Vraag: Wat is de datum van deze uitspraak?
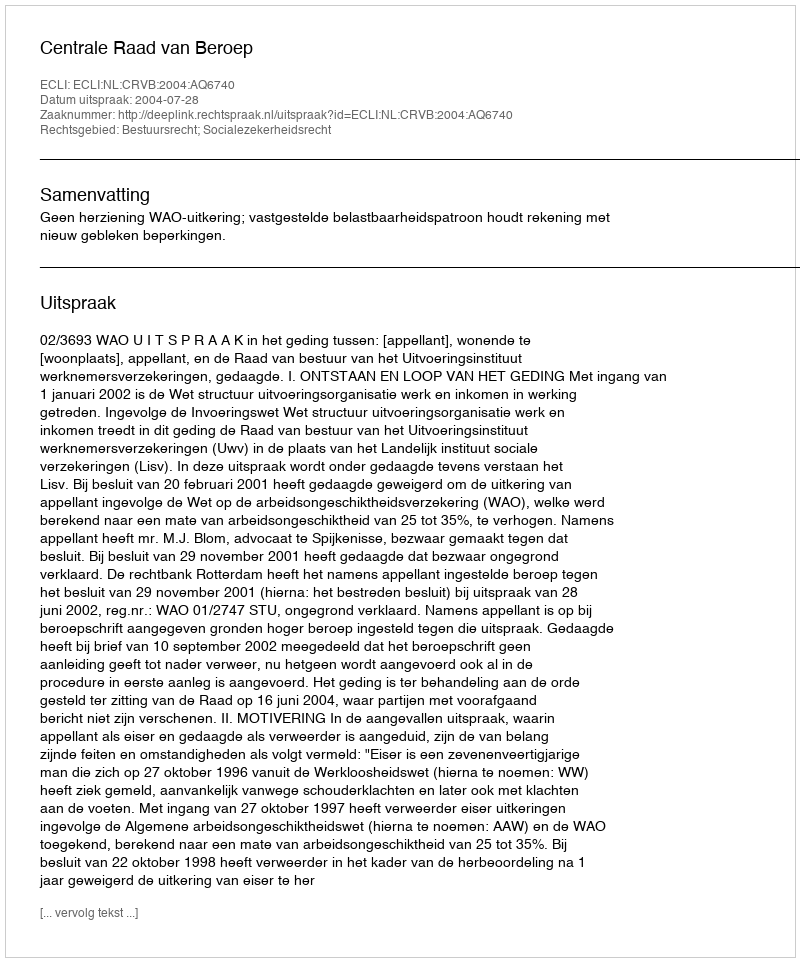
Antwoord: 2004-07-28